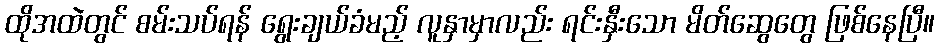
ထိုအထဲတွင် စမ်းသပ်ရန် ရွေးချယ်ခံမည့် လူနှာမှာလည်း ရင်းနှီးသော မိတ်ဆွေတွေ ဖြစ်နေပြီ။